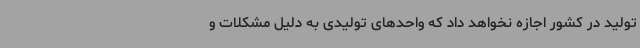
تولید در کشور اجازه نخواهد داد که واحدهای تولیدی به دلیل مشکلات و